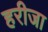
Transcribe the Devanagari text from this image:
हरीजा